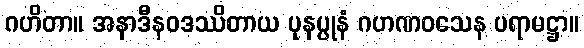
ဂဟိတာ။ အနာဒီနဝဒဿိတာယ ပုနပ္ပုနံ ဂဟဏဝသေန ပရာမဋ္ဌာ။